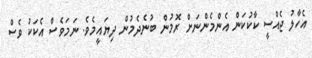
އެހާލު ޖެއްސީ ކާކުކަން އެންމެންނަށް ރޮމުން ބުނެދެމުން ދިޔައީމެވެ. ނަމަވެސް އެކަކު ވެސް